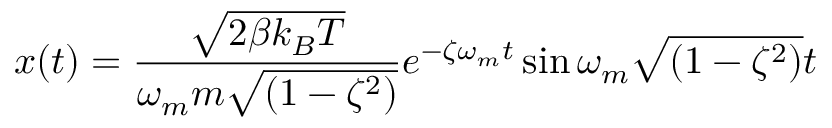
x ( t ) = \frac { \sqrt { 2 \beta k _ { B } T } } { \omega _ { m } m \sqrt { ( 1 - \zeta ^ { 2 } ) } } e ^ { - \zeta \omega _ { m } t } \sin { \omega _ { m } \sqrt { ( 1 - \zeta ^ { 2 } ) } t }